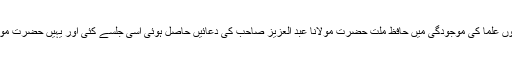
1972ءمیں ہی عربی یونی ورسٹی مبارک پور کے افتتاحی جلسے میں ہزاروں علما کی موجودگی میں حافظ ملت حضرت مولانا عبد العزیز صاحب کی دعائیں حاصل ہوئی اسی جلسے کئی اور یہیں حضرت مولانا ارشدالقادری اور دوسرے اہم علما کرام نے بھی میری حوصلہ افزائی کی۔